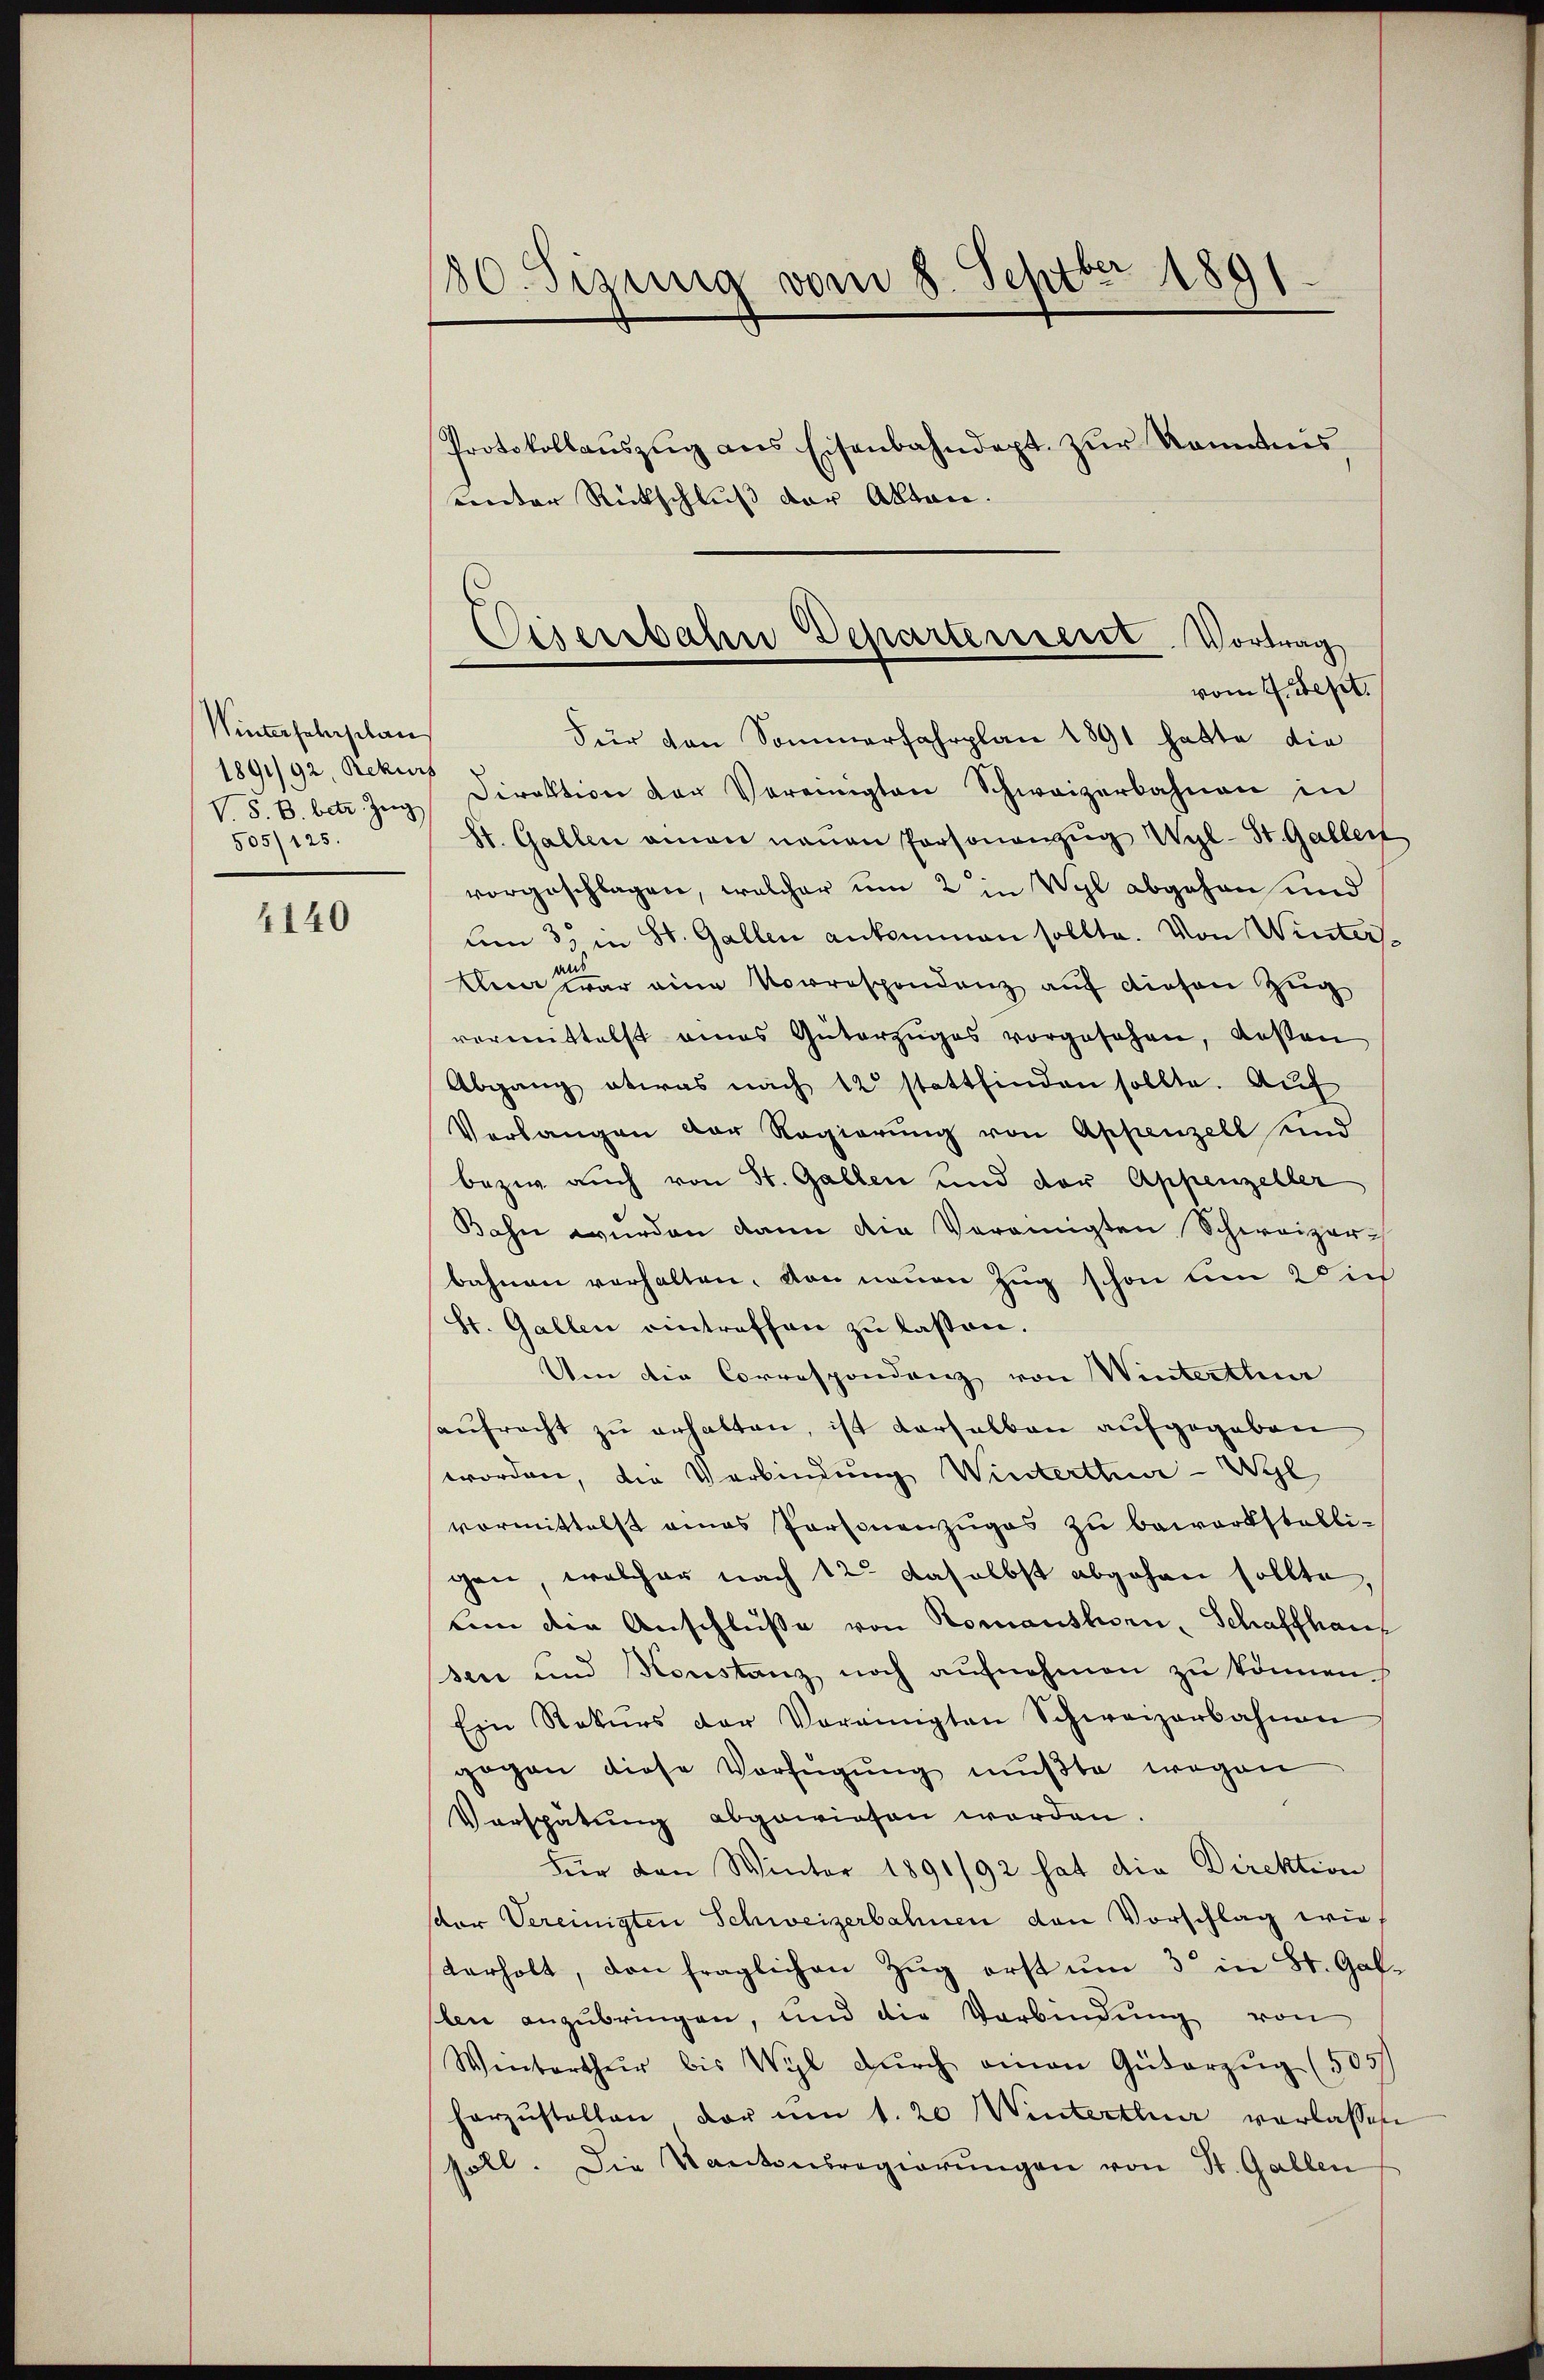
Winterseherschan
1891/92, Rekurs
505/125.

4140

30. Sizung vom 8. Septber 189
d
Protokollauszug aus Eisenbahndept. zur Kenntnis
einder Rückschluß der Akten.

Cisenbahn Departement. Vortrag
vom 4. Sept.

Für von Sommerfahrplan 1891 hatte die
V. S. B. betr. Zŭg Direktion der Vereinigten Schweizerbahnen in
St. Gallen amen neuen Personanzŭg Wyl-St. Gallert
vorgeschlagen, welcher um 2 in Wyl abgehen und
um 3. in St. Gallen ankommen sollte. Von Winter¬
Anaster eine Vorrespondenz auf diesen Zug
vermittelst eines Güterzŭges vorgesehen, deßen
Abgang etwas nach 12 stattfinden sollte. Auf
Verlangen der Regierŭng von Appenzell und
bezw. auch von St. Gallen und der Appenzeller
Bahn wurden dann die Vereinigten Schweizer-
bahnen verhalten, von neuen Zug schon um dich
St. Gallen eintreffen zu lassen.
Um die Correspondenz von Winterthur
saŭfracht zu erhalten, ist derselben aufgegeben
worden, die Verbindung Winterthun - Wyl
vormittelst eines Personenzuges zu bewortstalligen, welcher nach 12 daselbst abgehen sollte,
tnn die Anschlüsse von Romanshorn, Schaffhaus
sen und Konstanz noch aufnehmen zu können
Ein Rekŭrs der Vereinigten Schweizerbahnen
gegen diese Verfügung mußte, wegen
Verspätung abgewiesen worden.
Für den Winter 1891/92 hat die Direktion
sdor Vereinigten Schweizerbahnen den Vorschlag wie
verholt, von fraglichen Zug erst um 3 in St. Galben anzubringen, und die Verbindung von
Winterthur bis Wyl dŭrch einen Güterzŭg (505/
horzŭstellen vor um 1. 20 Winterthur verlassen
soll. Die Kantonsregierungen von St. Gallen